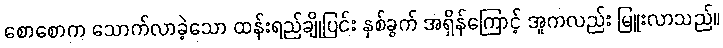
စောစောက သောက်လာခဲ့သော ထန်းရည်ချိုပြင်း နှစ်ခွက် အရှိန်ကြောင့် အူကလည်း မြူးလာသည်။